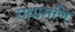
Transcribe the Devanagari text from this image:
राधामणि